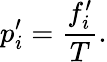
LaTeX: p_{i}^{\prime}=\frac{f_{i}^{\prime}}{T}.